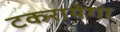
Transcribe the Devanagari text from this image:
टकरायेगा